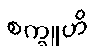
စက္ခူဟိ